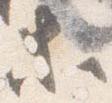
等